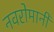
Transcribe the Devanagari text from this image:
नवरोमानी